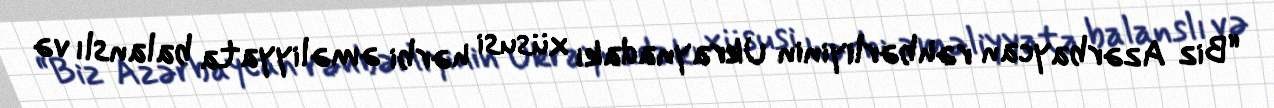
“Biz Azərbaycan rəhbərliyinin Ukraynadakı xüsusi hərbi əməliyyata balanslı və